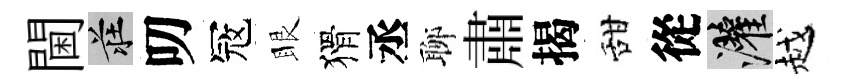
閫莊叨冦眼猾丞聊肅揭甜從灌越